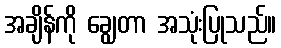
အချိန်ကို ချွေတာ အသုံးပြုသည်။